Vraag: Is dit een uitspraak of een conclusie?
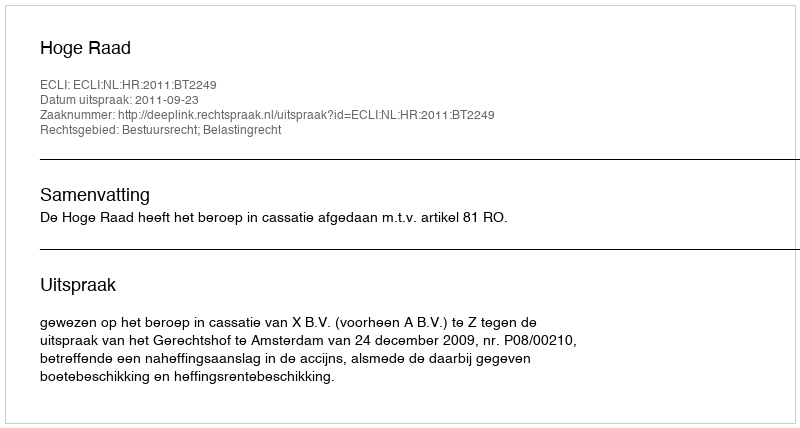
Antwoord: Uitspraak